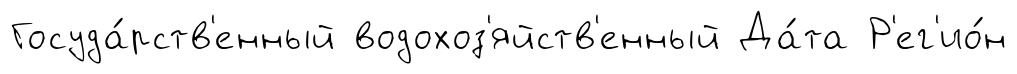
Госуда́рств'енный водохоз'яйств'енный Да́та Р'ег'ио́н